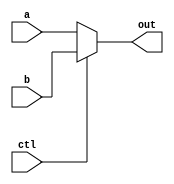
module MUX(out, a, b, ctl);
parameter NBitS = 32, CBit = 1;
output [NBitS - 1 : 0] out;reg [NBitS - 1 : 0] out;
input [NBitS - 1 : 0] a, b;
input [CBit - 1 : 0] ctl;
always @(*) begin
    case (ctl)
        1'b1 :  out = b;
        default : out = a;
    endcase
end
endmodule